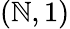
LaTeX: (\mathbb{N},1)